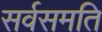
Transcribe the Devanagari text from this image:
सर्वसमति